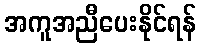
အကူအညီပေးနိုင်ရန်